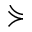
\curlyeqsucc